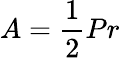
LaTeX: A={\frac{1}{2}}Pr